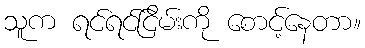
သူက ရင်ရင်ငြိမ်းကို စောင့်နေတာ။